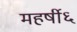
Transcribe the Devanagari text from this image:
महर्षी६